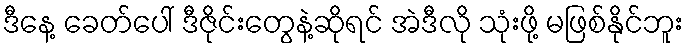
ဒီနေ့ ခေတ်ပေါ် ဒီဇိုင်းတွေနဲ့ဆိုရင် အဲဒီလို သုံးဖို့ မဖြစ်နိုင်ဘူး